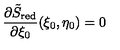
\frac { \partial \tilde { S } _ { \mathrm { \scriptsize r e d } } } { \partial \xi _ { 0 } } ( \xi _ { 0 } , \eta _ { 0 } ) = 0